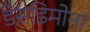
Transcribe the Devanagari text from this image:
डेसडिमोना